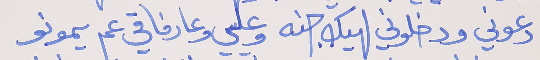
دعوني ودخلوني لهيك جنه     وعليي وعا رفاقي عم يمونو